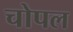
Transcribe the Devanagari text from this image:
चोपल